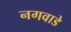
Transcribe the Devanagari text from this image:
नगवाडे